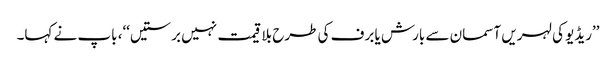
’’ریڈیو کی لہریں آسمان سے بارش یا برف کی طرح بلا قیمت نہیں برستیں‘‘، باپ نے کہا۔